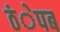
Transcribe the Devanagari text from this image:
ठंेपब